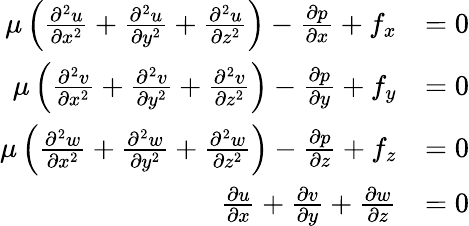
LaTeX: {\begin{array}{rl}{\mu\left({\frac{\partial^{2}u}{\partial x^{2}}}+{\frac{\partial^{2}u}{\partial y^{2}}}+{\frac{\partial^{2}u}{\partial z^{2}}}\right)-{\frac{\partial p}{\partial x}}+f_{x}}&{=0}\\ {\mu\left({\frac{\partial^{2}v}{\partial x^{2}}}+{\frac{\partial^{2}v}{\partial y^{2}}}+{\frac{\partial^{2}v}{\partial z^{2}}}\right)-{\frac{\partial p}{\partial y}}+f_{y}}&{=0}\\ {\mu\left({\frac{\partial^{2}w}{\partial x^{2}}}+{\frac{\partial^{2}w}{\partial y^{2}}}+{\frac{\partial^{2}w}{\partial z^{2}}}\right)-{\frac{\partial p}{\partial z}}+f_{z}}&{=0}\\ {{\frac{\partial u}{\partial x}}+{\frac{\partial v}{\partial y}}+{\frac{\partial w}{\partial z}}}&{=0}\end{array}}